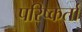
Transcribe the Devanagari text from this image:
परिष्कर्ता